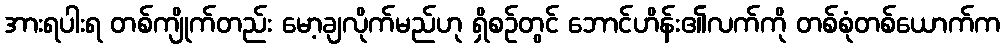
အားရပါးရ တစ်ကျိုက်တည်း မော့ချလိုက်မည်ဟု ရှိစဉ်တွင် ဘောင်ဟိန်း၏လက်ကို တစ်စုံတစ်ယောက်က